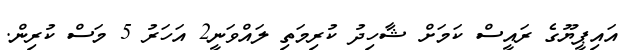
އައިޕީޔޫގެ ރައީސް ކަމަށް ޝާހިދު ކުރިމަތި ލައްވަނީ2 އަހަރު 5 މަސް ކުރިން.